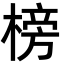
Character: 榜